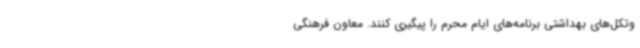
وتکل‌های بهداشتی برنامه‌های ایام محرم را پیگیری کنند. معاون فرهنگی